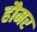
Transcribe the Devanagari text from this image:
हौमर